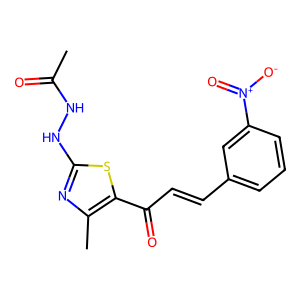
SMILES: CC(=O)NNc1nc(C)c(C(=O)C=Cc2cccc([N+](=O)[O-])c2)s1
Inhibits HIV replication: Yes